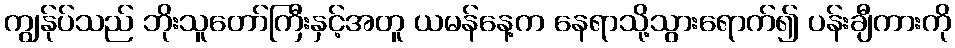
ကျွန်ုပ်သည် ဘိုးသူတော်ကြီးနှင့်အတူ ယမန်နေ့က နေရာသို့သွားရောက်၍ ပန်းချီကားကို